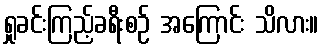
ရှုခင်းကြည့်ခရီးစဉ် အကြောင်း သိလား။